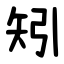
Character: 矧